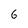
Character: 6